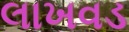
લાખવડ